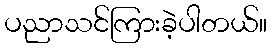
ပညာသင်ကြားခဲ့ပါတယ်။